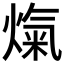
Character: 熂